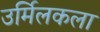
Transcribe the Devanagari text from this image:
उर्मिलकला